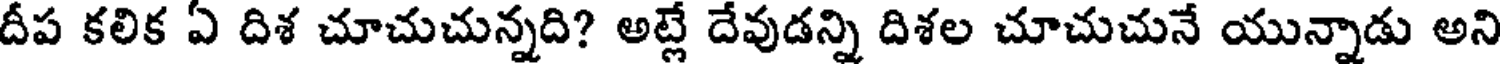
దీప కలిక ఏ దిశ చూచుచున్నది? అట్లే దేవుడన్ని దిశల చూచుచునే యున్నాడు అని